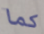
كما